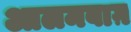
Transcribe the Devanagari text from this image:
आलमबाग़